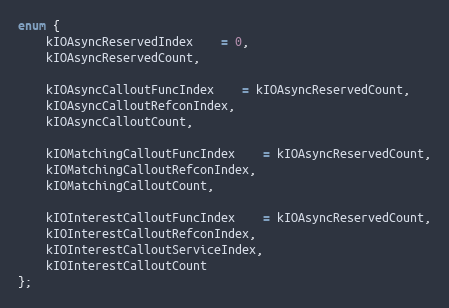
Language: C
enum {
    kIOAsyncReservedIndex 	= 0,
    kIOAsyncReservedCount,

    kIOAsyncCalloutFuncIndex 	= kIOAsyncReservedCount,
    kIOAsyncCalloutRefconIndex,
    kIOAsyncCalloutCount,

    kIOMatchingCalloutFuncIndex	= kIOAsyncReservedCount,
    kIOMatchingCalloutRefconIndex,
    kIOMatchingCalloutCount,

    kIOInterestCalloutFuncIndex	= kIOAsyncReservedCount,
    kIOInterestCalloutRefconIndex,
    kIOInterestCalloutServiceIndex,
    kIOInterestCalloutCount
};